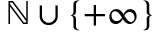
\mathbb { N } \cup \lbrace + \infty \rbrace